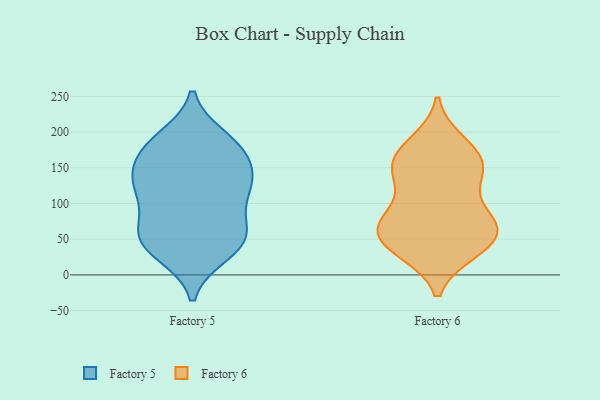
{"axis": {"x": "Temperature (°C)", "y": "Value"}, "legend": ["Factory 5", "Factory 6"], "data": [{"x": "", "y": 181, "type": "Factory 5"}, {"x": "", "y": 51, "type": "Factory 5"}, {"x": "", "y": 61, "type": "Factory 5"}, {"x": "", "y": 133, "type": "Factory 5"}, {"x": "", "y": 33, "type": "Factory 5"}, {"x": "", "y": 160, "type": "Factory 5"}, {"x": "", "y": 110, "type": "Factory 5"}, {"x": "", "y": 118, "type": "Factory 5"}, {"x": "", "y": 178, "type": "Factory 5"}, {"x": "", "y": 191, "type": "Factory 5"}, {"x": "", "y": 115, "type": "Factory 5"}, {"x": "", "y": 180, "type": "Factory 5"}, {"x": "", "y": 71, "type": "Factory 5"}, {"x": "", "y": 30, "type": "Factory 5"}, {"x": "", "y": 134, "type": "Factory 5"}, {"x": "", "y": 52, "type": "Factory 5"}, {"x": "", "y": 138, "type": "Factory 5"}, {"x": "", "y": 53, "type": "Factory 5"}, {"x": "", "y": 67, "type": "Factory 6"}, {"x": "", "y": 77, "type": "Factory 6"}, {"x": "", "y": 91, "type": "Factory 6"}, {"x": "", "y": 152, "type": "Factory 6"}, {"x": "", "y": 138, "type": "Factory 6"}, {"x": "", "y": 37, "type": "Factory 6"}, {"x": "", "y": 178, "type": "Factory 6"}, {"x": "", "y": 153, "type": "Factory 6"}, {"x": "", "y": 143, "type": "Factory 6"}, {"x": "", "y": 172, "type": "Factory 6"}, {"x": "", "y": 73, "type": "Factory 6"}, {"x": "", "y": 77, "type": "Factory 6"}, {"x": "", "y": 34, "type": "Factory 6"}, {"x": "", "y": 64, "type": "Factory 6"}, {"x": "", "y": 186, "type": "Factory 6"}, {"x": "", "y": 57, "type": "Factory 6"}, {"x": "", "y": 43, "type": "Factory 6"}, {"x": "", "y": 134, "type": "Factory 6"}, {"x": "", "y": 33, "type": "Factory 6"}]}